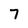
Character: 7